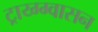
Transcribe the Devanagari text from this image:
ट्राय्ग्ग्वासन